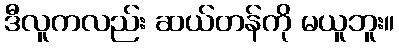
ဒီလူကလည်း ဆယ်တန်ကို မယူဘူး။